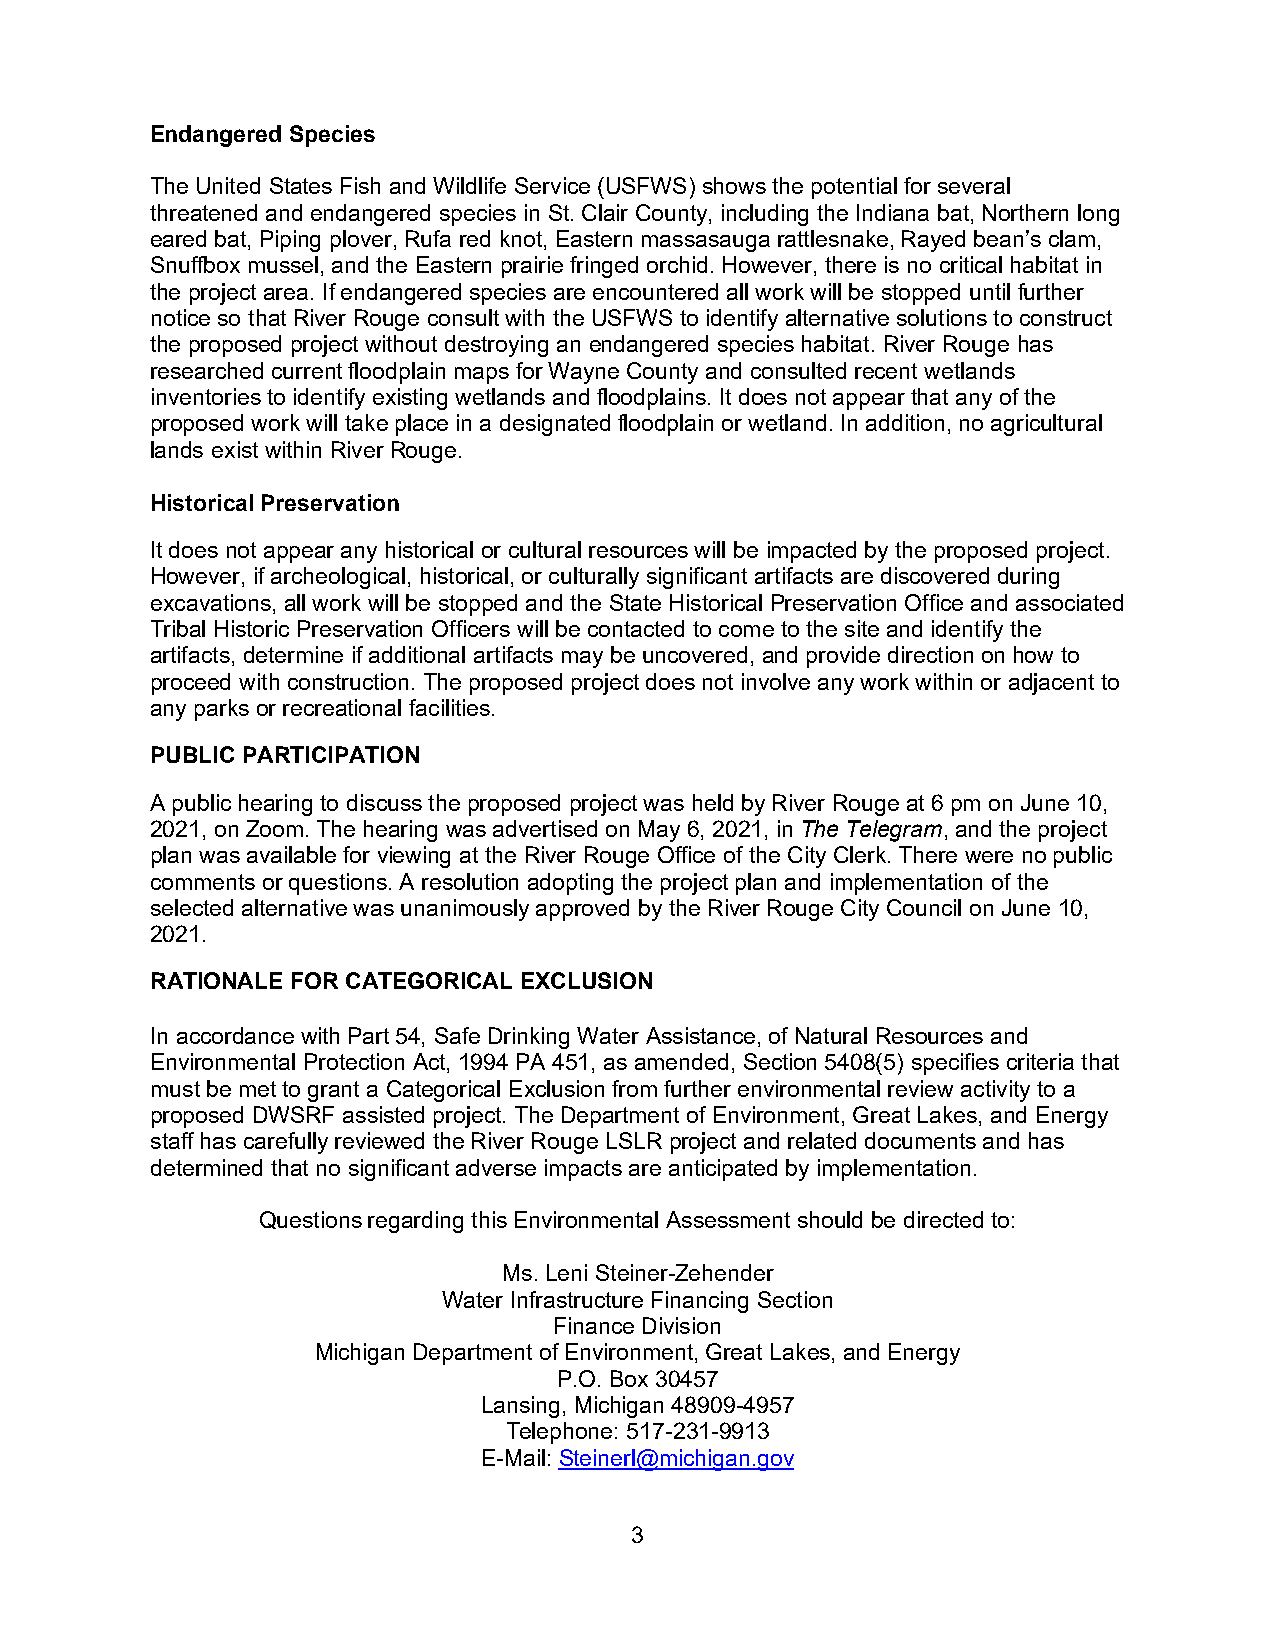
Endangered Species
 The United States Fish and Wildlife Service (USFWS) shows the potential for several
 threatened and endangered species in St. Clair County, including the Indiana bat, Northern long
 eared bat, Piping plover, Rufa red knot, Eastern massasauga rattlesnake, Rayed bean’s clam,
 Snuffbox mussel, and the Eastern prairie fringed orchid. However, there is no critical habitat in
 the project area. If endangered species are encountered all work will be stopped until further
 notice so that River Rouge consult with the USFWS to identify alternative solutions to construct
 the proposed project without destroying an endangered species habitat. River Rouge has
 researched current floodplain maps for Wayne County and consulted recent wetlands
 inventories to identify existing wetlands and floodplains. It does not appear that any of the
 proposed work will take place in a designated floodplain or wetland. In addition, no agricultural
 lands exist within River Rouge.
 Historical Preservation
 It does not appear any historical or cultural resources will be impacted by the proposed project.
 However, if archeological, historical, or culturally significant artifacts are discovered during
 excavations, all work will be stopped and the State Historical Preservation Office and associated
 Tribal Historic Preservation Officers will be contacted to come to the site and identify the
 artifacts, determine if additional artifacts may be uncovered, and provide direction on how to
 proceed with construction. The proposed project does not involve any work within or adjacent to
 any parks or recreational facilities.
 PUBLIC PARTICIPATION
 A public hearing to discuss the proposed project was held by River Rouge at 6 pm on June 10,
 2021, on Zoom. The hearing was advertised on May 6, 2021, in The Telegram, and the project
 plan was available for viewing at the River Rouge Office of the City Clerk. There were no public
 comments or questions. A resolution adopting the project plan and implementation of the
 selected alternative was unanimously approved by the River Rouge City Council on June 10,
 2021.
 RATIONALE FOR CATEGORICAL EXCLUSION
 In accordance with Part 54, Safe Drinking Water Assistance, of Natural Resources and
 Environmental Protection Act, 1994 PA 451, as amended, Section 5408(5) specifies criteria that
 must be met to grant a Categorical Exclusion from further environmental review activity to a
 proposed DWSRF assisted project. The Department of Environment, Great Lakes, and Energy
 staff has carefully reviewed the River Rouge LSLR project and related documents and has
 determined that no significant adverse impacts are anticipated by implementation.
 Questions regarding this Environmental Assessment should be directed to:
 Ms. Leni Steiner-Zehender
 Water Infrastructure Financing Section
 Finance Division
 Michigan Department of Environment, Great Lakes, and Energy
 P.O. Box 30457
 Lansing, Michigan 48909-4957
 Telephone: 517-231-9913
 E-Mail: Steinerl@michigan.gov
 3